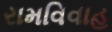
રામવિવાહ